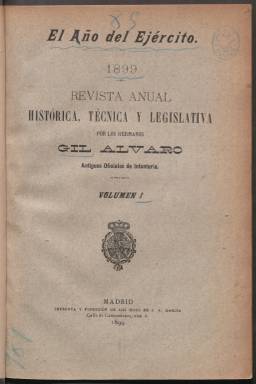
Título: El Año del ejército
Colección: Fuerzas armadas
Ámbito geográfico: Madrid
Lugar de publicación: Madrid
Fechas: 01/01/1899-31/12/1899